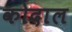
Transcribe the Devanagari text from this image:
कोदाल